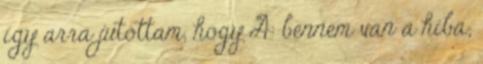
így arra jutottam, hogy A: bennem van a hiba;